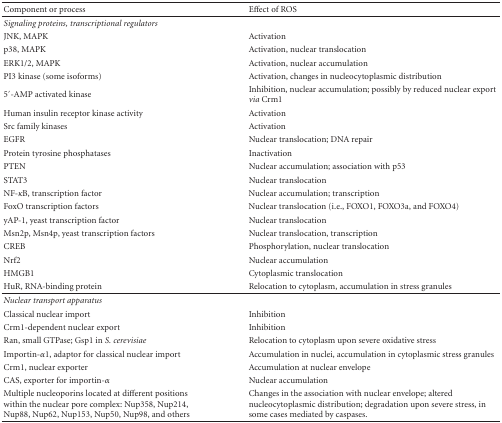
<table><thead><tr><td><b>Component or process</b></td><td><b>Effect of ROS</b></td></tr></thead><tbody><tr><td><i>Signaling proteins, transcriptional regulators</i></td><td> </td></tr><tr><td>JNK, MAPK</td><td>Activation</td></tr><tr><td>p38, MAPK</td><td>Activation, nuclear translocation</td></tr><tr><td>ERK1/2, MAPK</td><td>Activation, nuclear accumulation</td></tr><tr><td>PI3 kinase (some isoforms)</td><td>Activation, changes in nucleocytoplasmic distribution</td></tr><tr><td>5′-AMP activated kinase</td><td>Inhibition, nuclear accumulation; possibly by reduced nuclear export <i>via</i> Crm1</td></tr><tr><td>Human insulin receptor kinase activity</td><td>Activation</td></tr><tr><td>Src family kinases</td><td>Activation</td></tr><tr><td>EGFR</td><td>Nuclear translocation; DNA repair</td></tr><tr><td>Protein tyrosine phosphatases</td><td>Inactivation</td></tr><tr><td>PTEN</td><td>Nuclear accumulation; association with p53</td></tr><tr><td>STAT3</td><td>Nuclear translocation</td></tr><tr><td>NF-<i>κ</i>B, transcription factor</td><td>Nuclear accumulation; transcription</td></tr><tr><td>FoxO transcription factors</td><td>Nuclear translocation (i.e., FOXO1, FOXO3a, and FOXO4)</td></tr><tr><td>yAP-1, yeast transcription factor</td><td>Nuclear translocation</td></tr><tr><td>Msn2p, Msn4p, yeast transcription factors</td><td>Nuclear translocation, transcription</td></tr><tr><td>CREB</td><td>Phosphorylation, nuclear translocation</td></tr><tr><td>Nrf2</td><td>Nuclear accumulation</td></tr><tr><td>HMGB1</td><td>Cytoplasmic translocation</td></tr><tr><td>HuR, RNA-binding protein</td><td>Relocation to cytoplasm, accumulation in stress granules </td></tr><tr><td><i>Nuclear transport apparatus</i></td><td> </td></tr><tr><td>Classical nuclear import</td><td>Inhibition</td></tr><tr><td>Crm1-dependent nuclear export</td><td>Inhibition</td></tr><tr><td>Ran, small GTPase; Gsp1 in <i>S. cerevisiae </i></td><td>Relocation to cytoplasm upon severe oxidative stress</td></tr><tr><td>Importin-<i>α</i>1, adaptor for classical nuclear import</td><td>Accumulation in nuclei, accumulation in cytoplasmic stress granules</td></tr><tr><td>Crm1, nuclear exporter</td><td>Accumulation at nuclear envelope</td></tr><tr><td>CAS, exporter for importin-<i>α</i></td><td>Nuclear accumulation</td></tr><tr><td>Multiple nucleoporins located at different positions within the nuclear pore complex: Nup358, Nup214, Nup88, Nup62, Nup153, Nup50, Nup98, and others</td><td>Changes in the association with nuclear envelope; altered nucleocytoplasmic distribution; degradation upon severe stress, in some cases mediated by caspases.</td></tr></tbody></table>